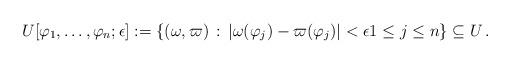
LaTeX: \begin{align*}U[\varphi_1, \ldots, \varphi_n;\epsilon]:=\{ (\omega, \varpi) \,:\, | \omega(\varphi_j)- \varpi(\varphi_j) | < \epsilon 1 \leq j \leq n \} \subseteq U \,.\end{align*}